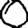
Digit: 0